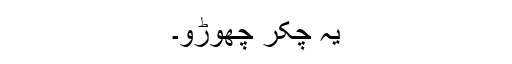
یہ چکّر چھوڑو۔